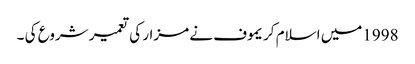
1998میں اسلام کریموف نے مزار کی تعمیر شروع کی ۔